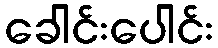
ခေါင်းပေါင်း